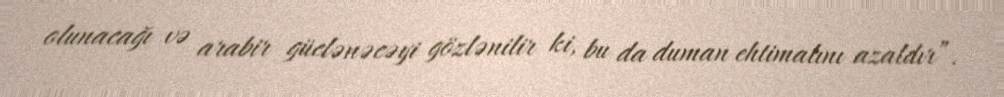
olunacağı və arabir güclənəcəyi gözlənilir ki, bu da duman ehtimalını azaldır”.